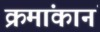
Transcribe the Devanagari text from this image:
क्रमांकानं